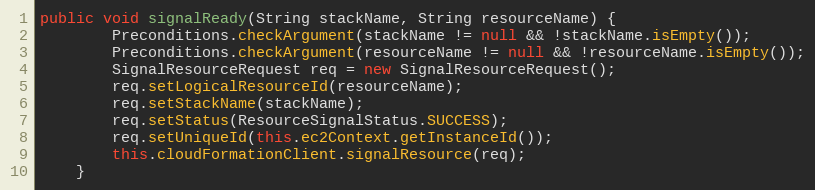
Language: Java
public void signalReady(String stackName, String resourceName) {
        Preconditions.checkArgument(stackName != null && !stackName.isEmpty());
        Preconditions.checkArgument(resourceName != null && !resourceName.isEmpty());
        SignalResourceRequest req = new SignalResourceRequest();
        req.setLogicalResourceId(resourceName);
        req.setStackName(stackName);
        req.setStatus(ResourceSignalStatus.SUCCESS);
        req.setUniqueId(this.ec2Context.getInstanceId());
        this.cloudFormationClient.signalResource(req);
    }